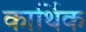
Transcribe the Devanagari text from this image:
कार्थिक